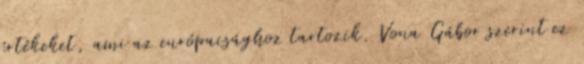
értékeket, ami az európaisághoz tartozik. Vona Gábor szerint ez